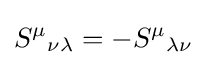
{S^{\mu }}_{\nu \lambda }=-{S^{\mu }}_{\lambda \nu }